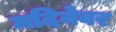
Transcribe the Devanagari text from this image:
मदिनेवर